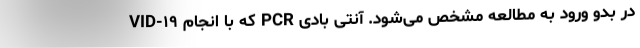
VID-۱۹ که با انجام PCR در بدو ورود به مطالعه مشخص می‌شود. آنتی بادی